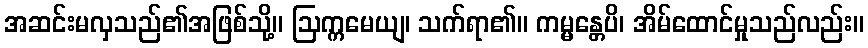
အဆင်းမလှသည်၏အဖြစ်သို့။ ဩက္ကမေယျ၊ သက်ရာ၏။ ကမ္မန္တေပိ၊ အိမ်ထောင်မှုသည်လည်း။